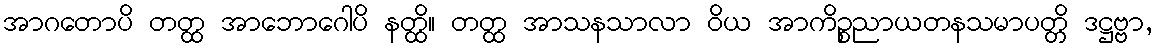
အာဂတောပိ တတ္ထ အာဘောဂေါပိ နတ္ထိ။ တတ္ထ အာသနသာလာ ဝိယ အာကိဉ္စညာယတနသမာပတ္တိ ဒဋ္ဌဗ္ဗာ,